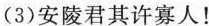
(3)安陵君其许寡人！